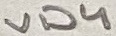
Text: VD4